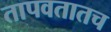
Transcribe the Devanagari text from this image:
तापवतातच